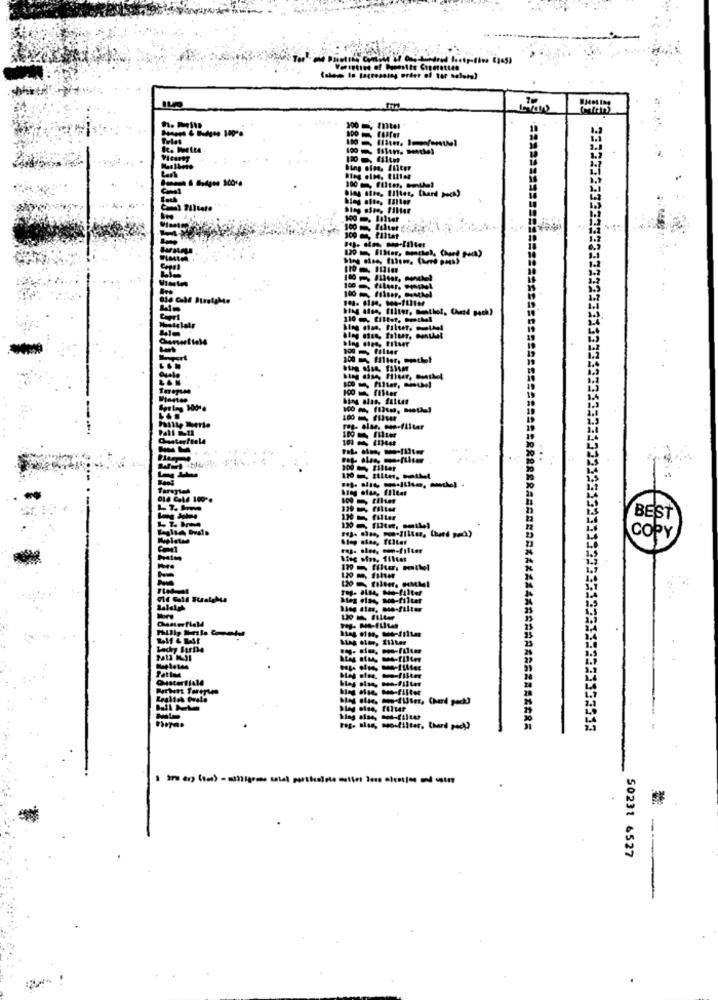
.19
300 = mtel
100 - filter. wwwtel
100 . filter
9 filtet
100 -, fileer. PINMl
300 - filter
100 m Hiller, oucht
100
res- alas. - me-filter
100 tiliet
130 - filler
BEST
copy
res- ..... om-filter
Mag elae, soo-filter
Hag dies, woo-filter
Moifilter, therd poch)
333533
I Ins er (o) - sttigres what perthuisle multe
50231 6527